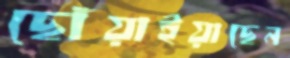
ছোঁয়াইয়াছেন